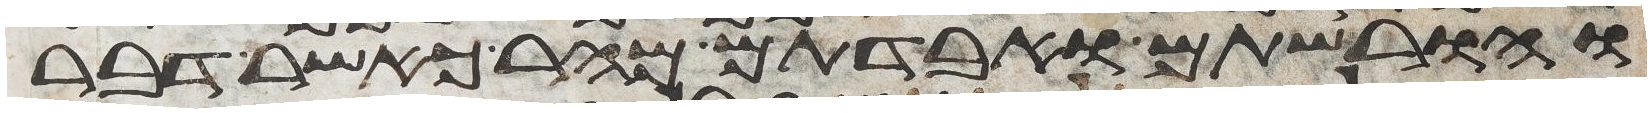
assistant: והורשתם ואבדתם מהר כאשר דבר